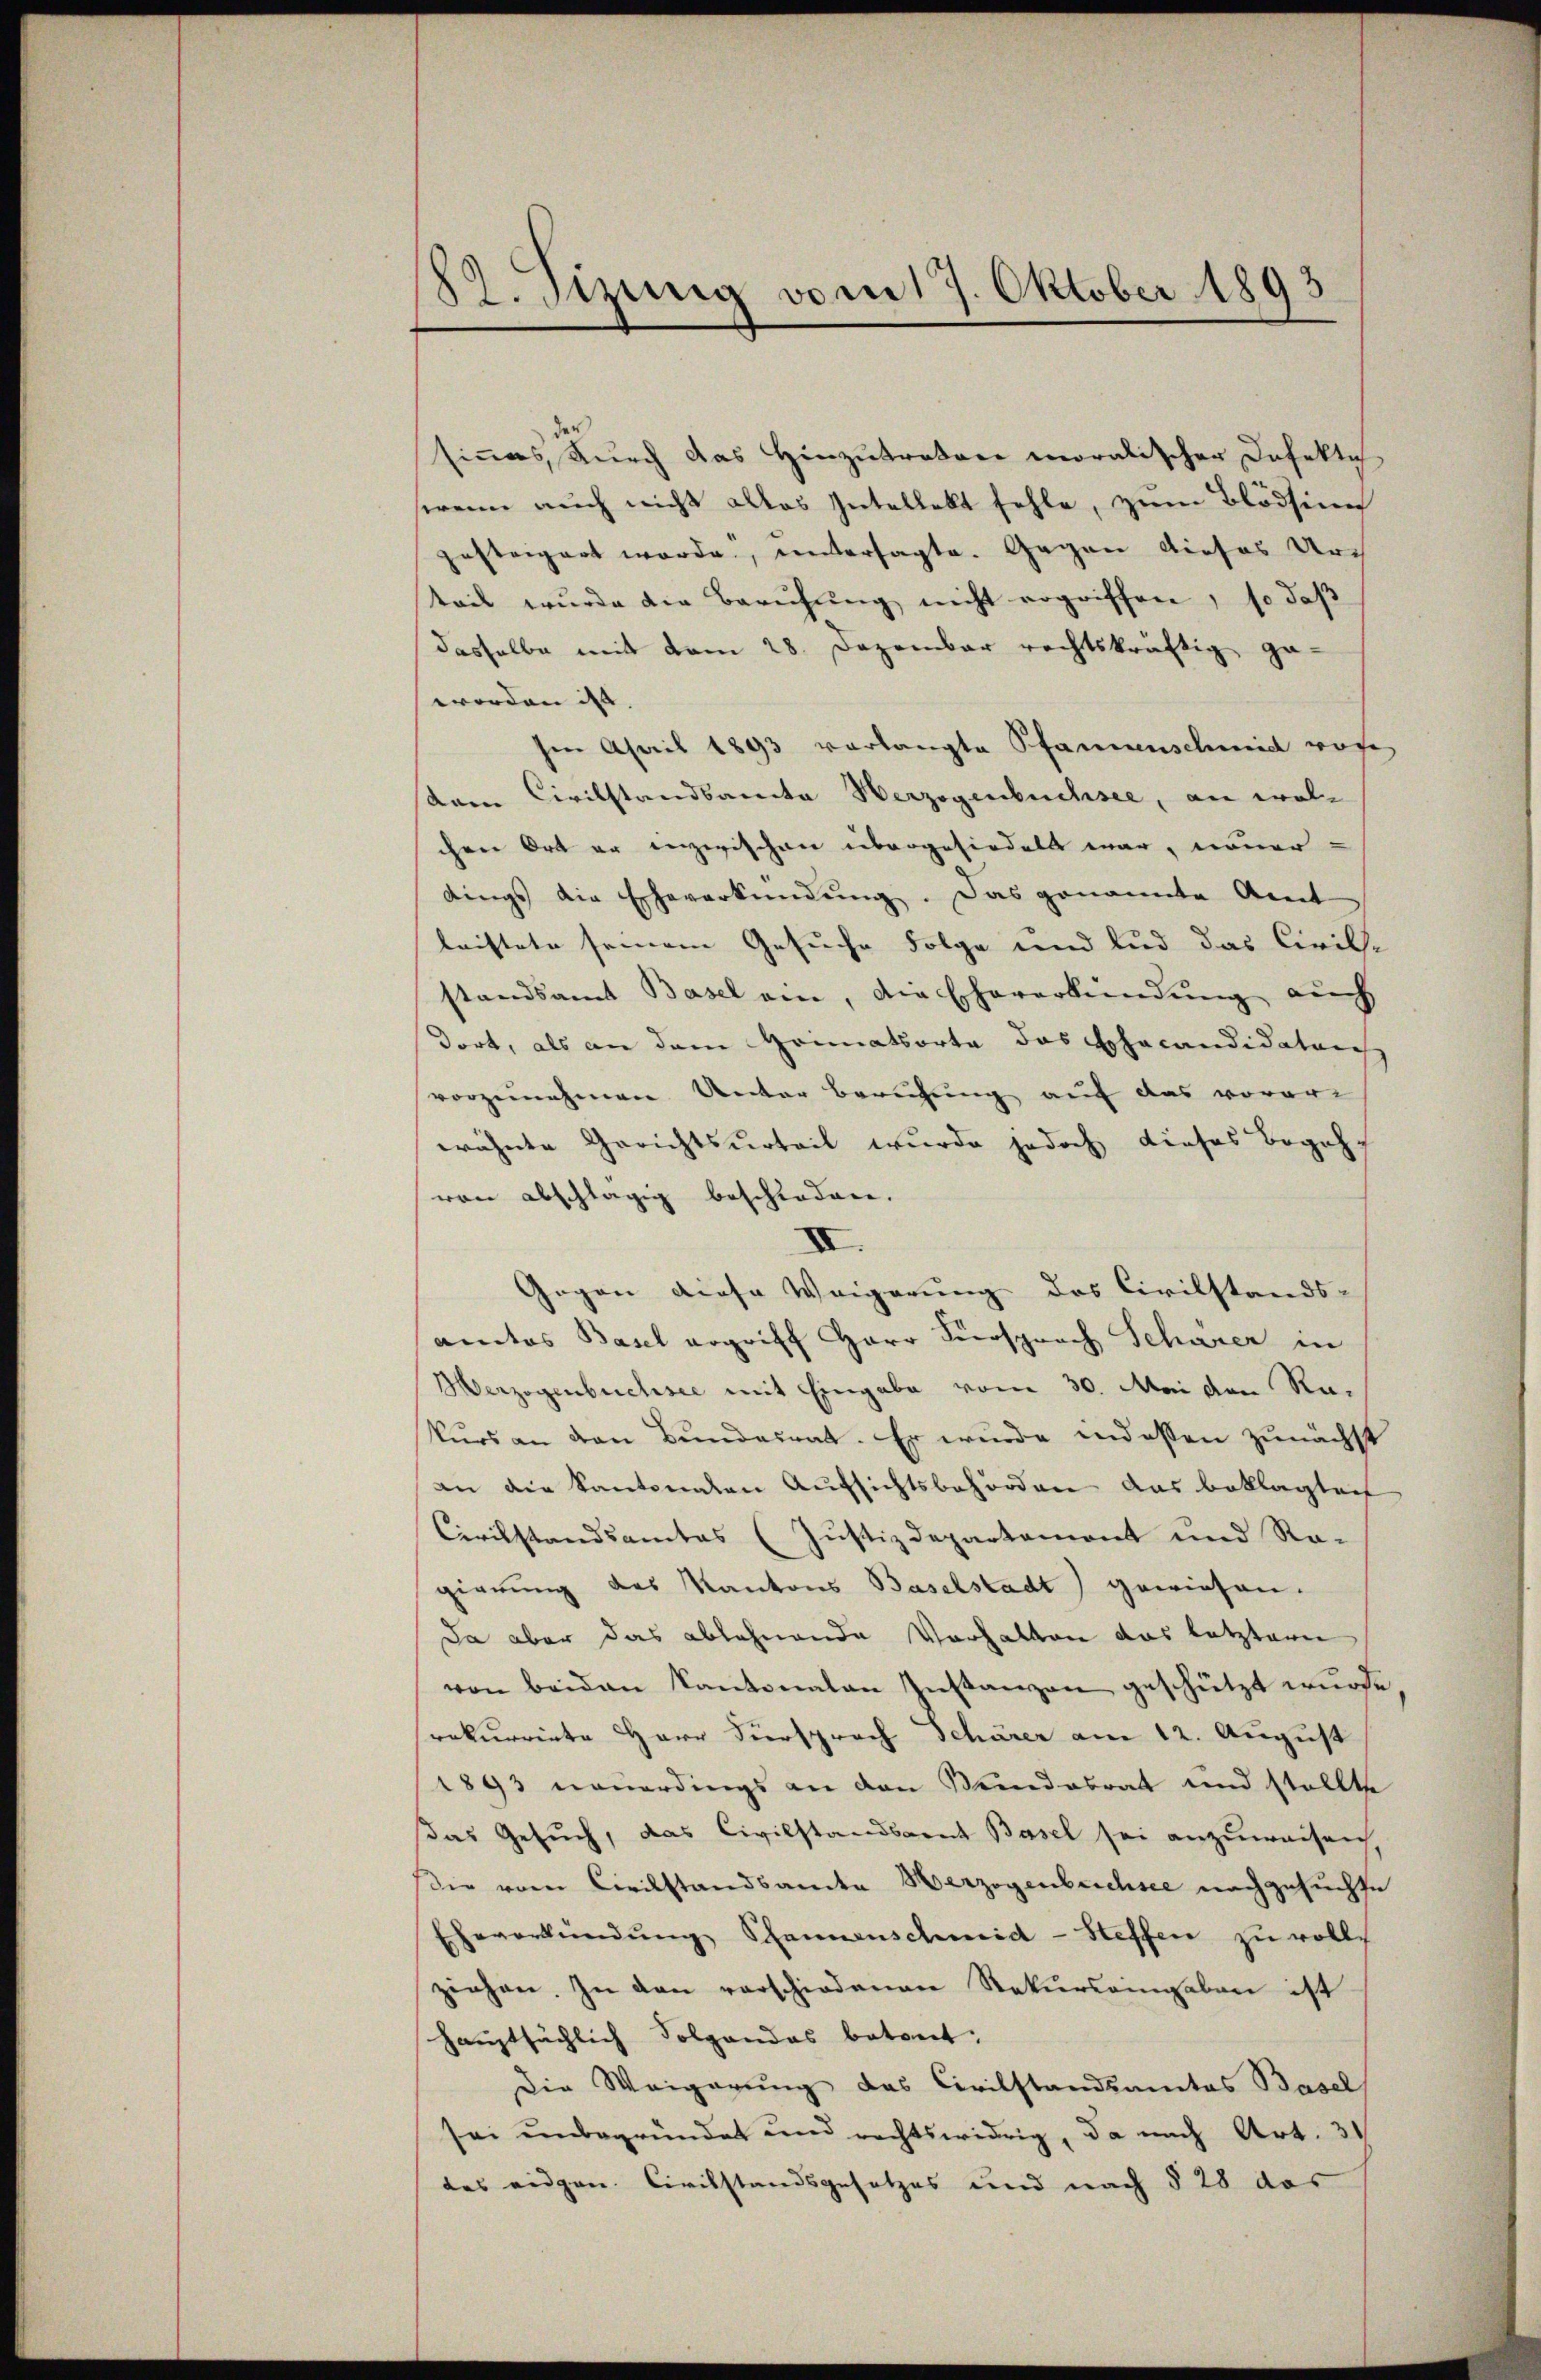
29. Sizung vom 17. Oktober 1893

sines, durch das Hinzutratore moralischer Defekte
wenn auch nicht alles Intellekt fehle, zum Blödsinn
gesteigert werde, untersagte. Gegen dieses Urteil wurde die Berufung nicht ergriffen, so daß
dasselbe mit vom 28. Dezember rechtskräftig ge-
worden ist |
Im April 1893 verlangte Pfannenschmid wofe
am Civilstandsamte Verzogenbuchsee, an wolchen Ort er inzwischen übergesiedelt war, neuer-
dings die Eheverkündung. Das genannte Amt
leistete seinem Gesuche Folge und lud das Civil-
standsamt Basel ein, die Ehererkundung auch
dort, als an dem Heimatsorte das Schacandidatarisch
vorzunehmen Unter Berufung auf das vorar
wähnte Gerichtsurteil wurde jedoch dieses Begehr
von abschlägig beschieden.
II.
Gegen diese Weigerung des Civilstands-
anatos Basel ergriff Herr Fürsprach Schärer in
Merzogenbuchsee mit Eingabe vom 30. Mai den Rakurs an den Bundesrat. Er wurde indessen zunächst
an die Kantonalen Aufsichtsbehörden das Beklagteif
Civilstandsamtes (Justizdepartemont und Ro-
gierung des Kantons Baselstadt) gewiesen.
Da aber das ablehnende Verhalten das letztern
von beiden Kantonalen Instanzen geschützt wurde
srekurrirte Herr Viersprach Schärer am 12. August
1893 neuerdings an den Mundesrat und stellte
das Gesuch, das Civilstandsgent Basel sei anzuweisen,
sie vom Civilstandsamte Herzogenbuchsee nachgesuchte
Eheverkündŭng Schannenschmid-Steffen zu volls
ziehen. In den verschiedenen Rekursringeben ist
hauptsächlich Folgendes betont,
Die Weigerung das Civilstandsamtes Basel
sei unbegründet und rechtswidrig, da nach Art. 31
des eidgen. Civilstandsgesetzes und nach § 28 das